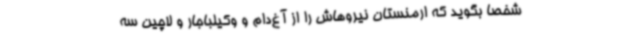
شخصا بگوید که ارمنستان نیروهاش را از آغ‌دام و وکیلباجار و لاچین سه